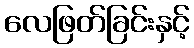
လေဖြတ်ခြင်းနှင့်